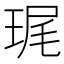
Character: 𮴞